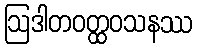
ဩဒါတဝတ္ထဝသနဿ